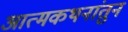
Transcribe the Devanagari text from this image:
आत्मकथनांतुन